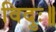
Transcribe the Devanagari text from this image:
विदुः॥